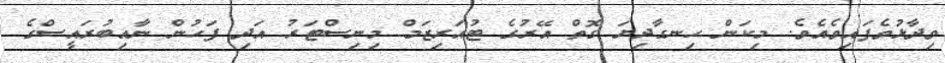
ވިދާޅުވެފައިވެއެވެ. މިކަން ހިނގާދިޔަ ގޮތް އޭރުގެ ޓުއަރިޒަމް މިނިސްޓަރު އަދި ފަހުން ނާއިބުރައީސްގެ